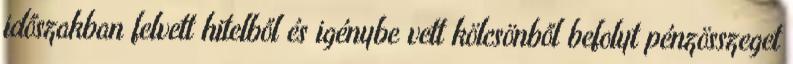
időszakban felvett hitelből és igénybe vett kölcsönből befolyt pénzösszeget